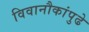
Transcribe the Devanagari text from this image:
विवानौकांपुढे